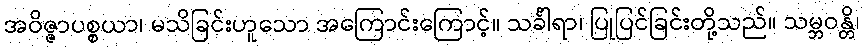
အဝိဇ္ဇာပစ္စယာ၊ မသိခြင်းဟူသော အကြောင်းကြောင့်။ သင်္ခါရာ၊ ပြုပြင်ခြင်းတို့သည်။ သမ္ဘဝန္တိ၊